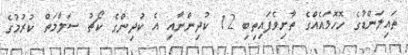
ތައިލަންޑުގެ ހޮހޮޅައެއްގެ ތާށިވެފައިތިބި 12 ކުދިންނާއި އެ ކުދިންގެ ކޯޗު ސަލާމަތް ކުރުމުގެ